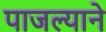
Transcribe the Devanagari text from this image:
पाजल्याने